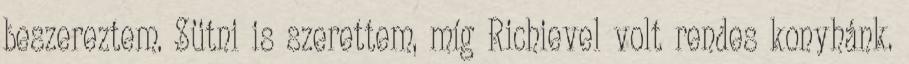
beszereztem. Sütni is szerettem, míg Richievel volt rendes konyhánk.